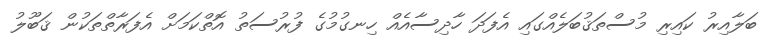
ބަލާއިރު ކައިރި މުސްތަޤުބަލެއްގައި އެފަދަ ހާދިސާއެއް ހިނގުމުގެ ފުރުސަތު އޮތްކަމަށް އެފަރާތްތަކުން ޤަބޫލު